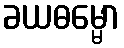
ခယဓမ္မော